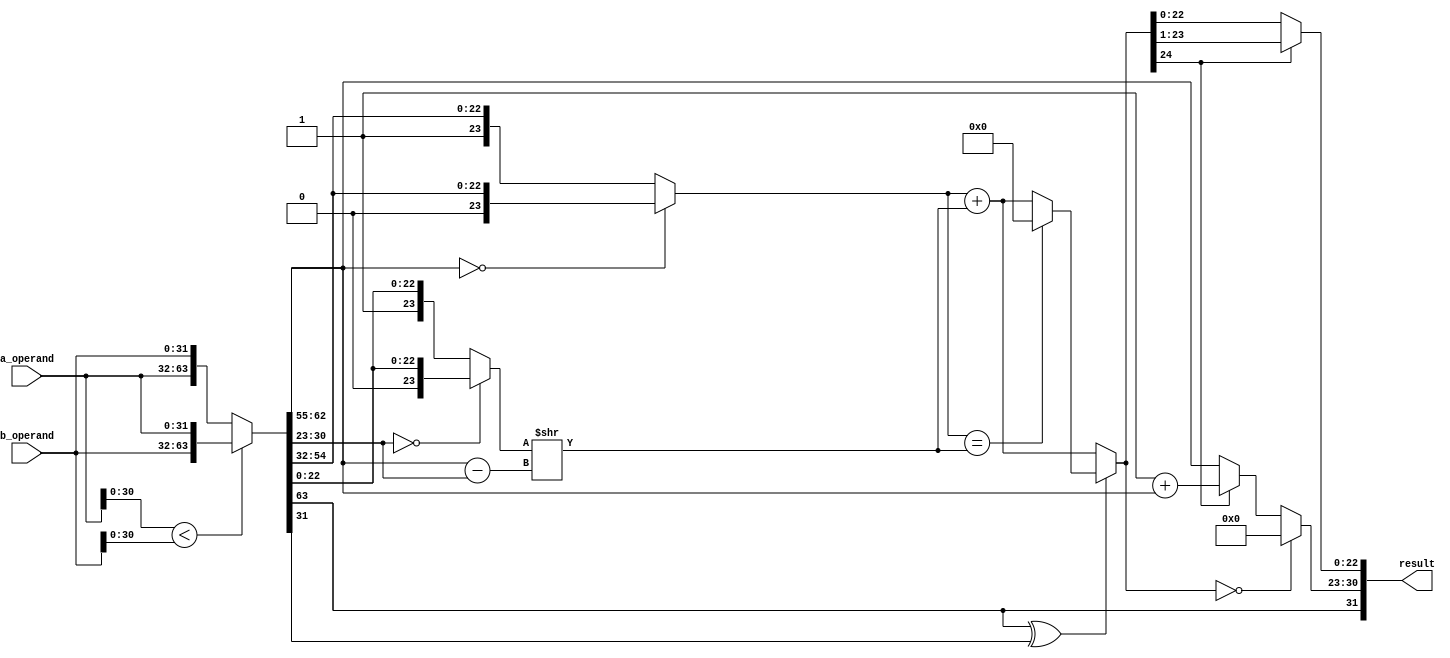
`timescale 1ns / 1ps
//////////////////////////////////////////////////////////////////////////////////
// Company: 
// Engineer: 
// 
// Design Name: 
// Module Name:    addsum 
// Project Name: 
// Target Devices: 
// Tool versions: 
// Description: 
//
// Dependencies: 
//
// Revision: 
// Revision 0.01 - File Created
// Additional Comments: 
//
//////////////////////////////////////////////////////////////////////////////////
module final_addsum(

input [31:0] a_operand,b_operand, //Inputs in the format of IEEE-754 Representation.
output [31:0] result
);

wire output_sign;

wire [31:0] operand_a,operand_b;
wire [23:0] significand_a,significand_b;
wire [7:0] exponent_diff;
wire [23:0] significand_b_add_sub;
wire [24:0] significand_add;
wire [30:0] add_sum;

assign {operand_a,operand_b} = (a_operand[30:0] < b_operand[30:0]) ? {b_operand,a_operand} : {a_operand,b_operand};
assign output_sign = operand_a[31];
assign significand_a = (operand_a[30:23] == 0) ? {1'b0,operand_a[22:0]} : {1'b1,operand_a[22:0]};
assign significand_b = (operand_b[30:23] == 0) ? {1'b0,operand_b[22:0]} : {1'b1,operand_b[22:0]};
assign exponent_diff = operand_a[30:23] - operand_b[30:23];
assign significand_b_add_sub = significand_b >> exponent_diff;

wire temp;
assign temp = operand_a[31] ^ operand_b[31];
assign significand_add = temp?(significand_a == significand_b_add_sub ? 25'b0 : (significand_a + significand_b_add_sub)):(significand_a + significand_b_add_sub); 

assign add_sum[22:0] = significand_add[24] ? significand_add[23:1] : significand_add[22:0];
assign add_sum[30:23] = (significand_add == 24'b0) ? 8'b0:(significand_add[24] ? (1'b1 + operand_a[30:23]) : operand_a[30:23]);
assign result =  {output_sign,add_sum};


endmodule